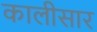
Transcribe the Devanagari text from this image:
कालीसार